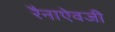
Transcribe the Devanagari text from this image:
रैनाऐवजी